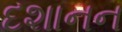
દશાનન